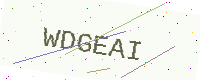
Text: WDGEAI